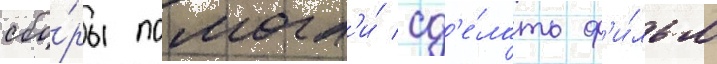
сбо́ры помогл'и́ сд'е́лать ф'и́льм